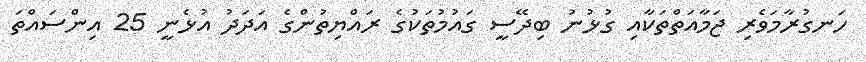
ހަނގުރާމަވެރި ޖަމާއަތްތަކާއި ގުޅުނު ބިދޭސީ ގައުމުތަކުގެ ރައްޔިތުންގެ އަދަދު އުޅެނީ 25 އިންސައްތަ